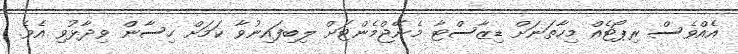
އެއްވެސް ރިޕޯޓެއް މިހާތަނަށް ޑިޒާސްޓާ މެނޭޖްމެންޓަށް ލިބިފައިނުވާ ކަމަށް ހިސާން ވިދާޅުވި އެވެ.